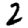
Digit: 2